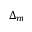
\Delta _ { m }